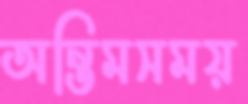
অন্তিমসময়